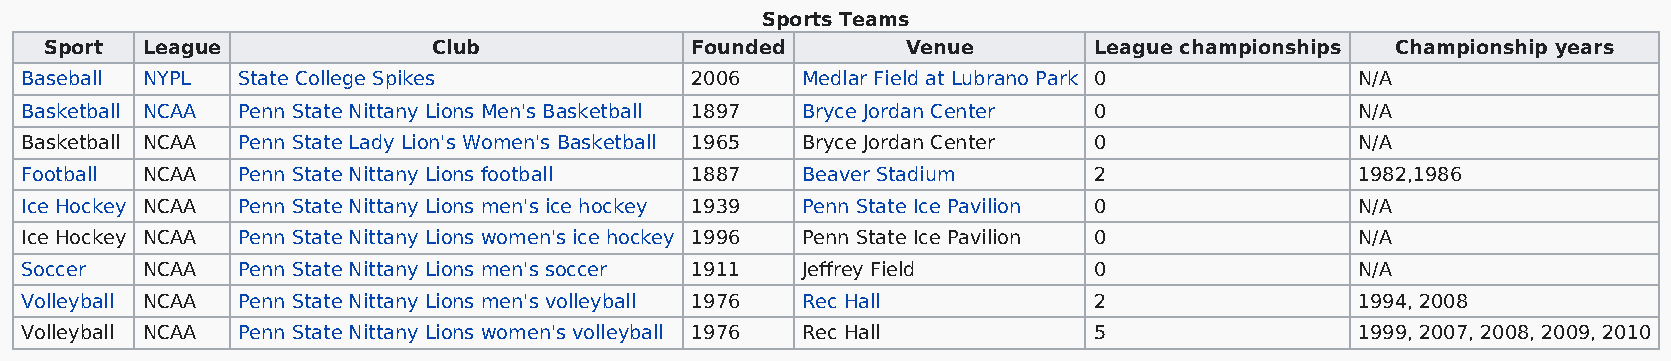
Sports Teams
 Sport League              Club             Founded       Venue       League championships Championship years
 Baseball NYPL  State College Spikes          2006   Medlar Field at Lubrano Park 0       N/A
 Basketball NCAA Penn State Nittany Lions Men's Basketball 1897 Bryce Jordan Center 0     N/A
 Basketball NCAA Penn State Lady Lion's Women's Basketball 1965 Bryce Jordan Center 0     N/A
 Football NCAA  Penn State Nittany Lions football 1887 Beaver Stadium   2                 1982,1986
 Ice Hockey NCAA Penn State Nittany Lions men's ice hockey 1939 Penn State Ice Pavilion 0 N/A
 Ice Hockey NCAA Penn State Nittany Lions women's ice hockey 1996 Penn State Ice Pavilion 0 N/A
 Soccer  NCAA   Penn State Nittany Lions men's soccer 1911 Jeffrey Field 0                N/A
 Volleyball NCAA Penn State Nittany Lions men's volleyball 1976 Rec Hall 2                1994, 2008
 Volleyball NCAA Penn State Nittany Lions women's volleyball 1976 Rec Hall 5              1999, 2007, 2008, 2009, 2010